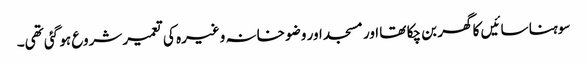
سوہنا سائیں کا گھر بن چکا تھا اور مسجد اور وضو خانہ وغیرہ کی تعمیر شروع ہو گئی تھی۔